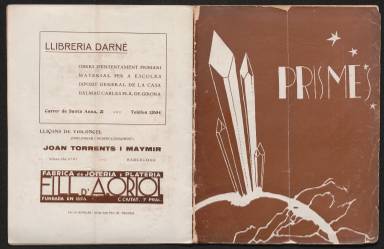
Título: Prismes (Barcelona)
Colección: Revistas de información general
Ámbito geográfico: Barcelona
Lugar de publicación: Barcelona
Fechas: 01/01/1931-31/12/1931